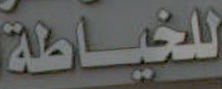
للخياطة